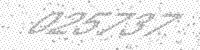
Solution: 025737